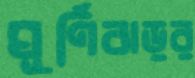
ঘূর্ণিঝড়র